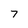
Character: 7